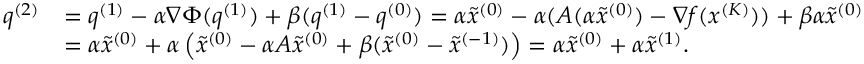
\begin{array} { r l } { q ^ { ( 2 ) } } & { = q ^ { ( 1 ) } - \alpha \nabla \Phi ( q ^ { ( 1 ) } ) + \beta ( q ^ { ( 1 ) } - q ^ { ( 0 ) } ) = \alpha \tilde { x } ^ { ( 0 ) } - \alpha ( A ( \alpha \tilde { x } ^ { ( 0 ) } ) - \nabla f ( x ^ { ( K ) } ) ) + \beta \alpha \tilde { x } ^ { ( 0 ) } } \\ & { = \alpha \tilde { x } ^ { ( 0 ) } + \alpha \left( \tilde { x } ^ { ( 0 ) } - \alpha A \tilde { x } ^ { ( 0 ) } + \beta ( \tilde { x } ^ { ( 0 ) } - \tilde { x } ^ { ( - 1 ) } ) \right) = \alpha \tilde { x } ^ { ( 0 ) } + \alpha \tilde { x } ^ { ( 1 ) } . } \end{array}